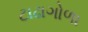
ટાઢાગોળા